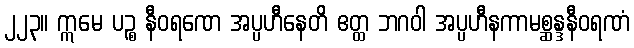
၂၂၃။ ဣမေ ပဉ္စ နီဝရဏေ အပ္ပဟီနေတိ ဧတ္ထ ဘဂဝါ အပ္ပဟီနကာမစ္ဆန္ဒနီဝရဏံ